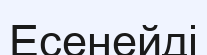
Есенейді